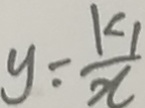
y = \frac { k _ { 1 } } { x }